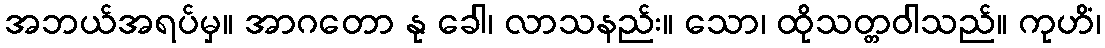
အဘယ်အရပ်မှ။ အာဂတော နု ခေါ၊ လာသနည်း။ သော၊ ထိုသတ္တဝါသည်။ ကုဟိံ၊